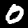
Digit: 0